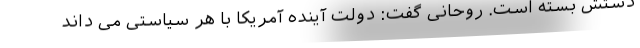
دستش بسته است. روحانی گفت: دولت آینده آمریکا با هر سیاستی می داند